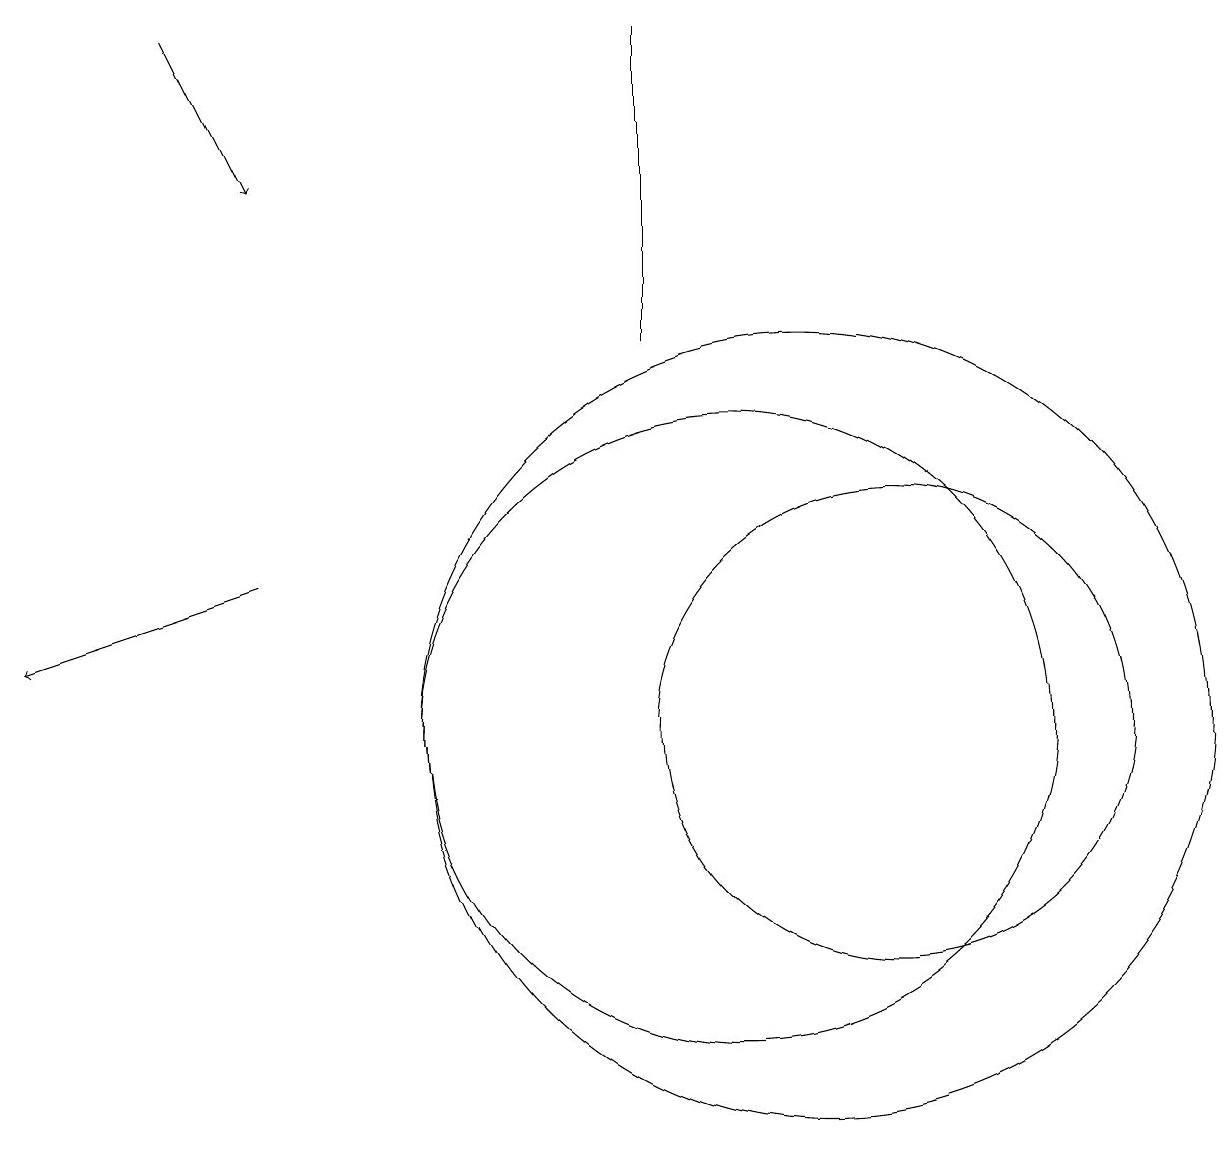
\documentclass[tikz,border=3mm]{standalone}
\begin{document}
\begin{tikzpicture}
\draw (9,19) rectangle (9,15);
\draw[->] (3,19) -- (4,17);
\draw (12,10) circle (3);
\draw[->] (4,12) -- (1,11);
\draw (10,10) circle (4);
\draw (11,10) circle (5);
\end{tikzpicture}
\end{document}